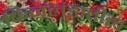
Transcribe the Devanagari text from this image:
फिनलंडातील